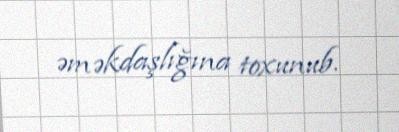
əməkdaşlığına toxunub.